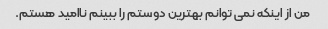
من از اینکه نمی توانم بهترین دوستم را ببینم ناامید هستم.